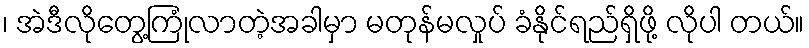
၊ အဲဒီလိုတွေ့ကြုံလာတဲ့အခါမှာ မတုန်မလှုပ် ခံနိုင်ရည်ရှိဖို့ လိုပါ တယ်။